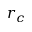
r _ { c }